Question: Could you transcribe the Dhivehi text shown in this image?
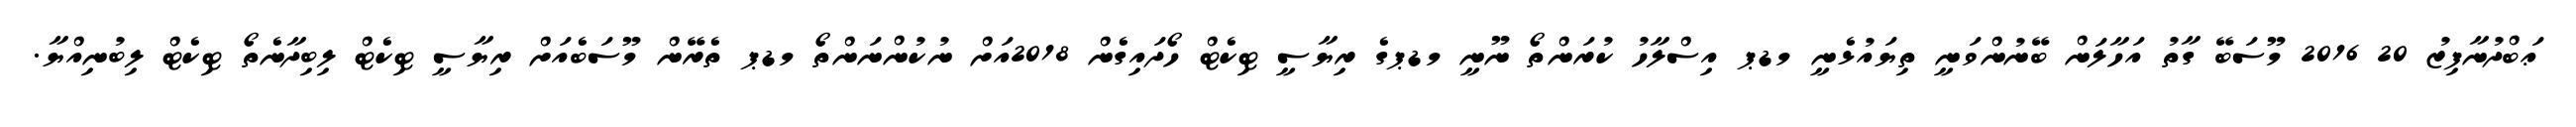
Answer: ޢަބްދުނާފިޒު 20 2016 މޫސަބޭ ގާތު އަހާލަން ބޭނުންވަނީ ތިޔައުޅެނީ މޑޕ އިސްލާހު ކުރަންތޯ ނޫނީ މޑޕގެ ރިޔާސީ ޓިކެޓް ހޯދައިގެން 2018އަށް ނުކުންނަންތޯ މޑޕ ތެރޭން މޫސަބެއަށް ރިޔާސީ ޓިކެޓް ލިބިދާނެތޯ ޓިކެޓް ލިބުނިއްޔާ.